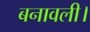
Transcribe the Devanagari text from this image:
बनावली।